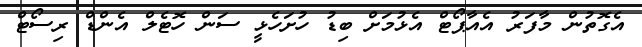
އެގޮތުން މާފަރު އެއާޕޯޓް އެޅުމަށް ބިޑު ހުށަހެޅީ ސަން ހޮޓެލް އެންޑް ރިސޯޓް